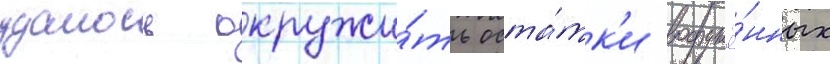
удалось окружи́ть оста́тк'и вооружё́нных